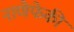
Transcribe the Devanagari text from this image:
नाणेफेकी